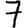
Digit: 7